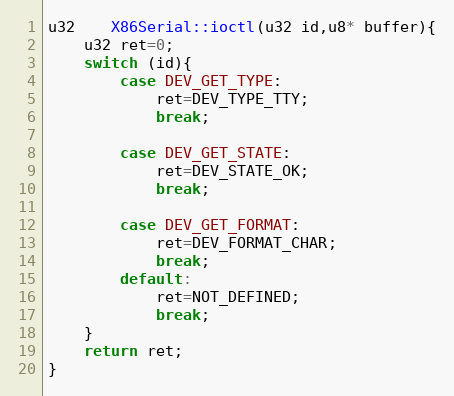
Language: C++
u32	X86Serial::ioctl(u32 id,u8* buffer){
	u32 ret=0;
	switch (id){
		case DEV_GET_TYPE:
			ret=DEV_TYPE_TTY;
			break;

		case DEV_GET_STATE:
			ret=DEV_STATE_OK;
			break;

		case DEV_GET_FORMAT:
			ret=DEV_FORMAT_CHAR;
			break;
		default:
			ret=NOT_DEFINED;
			break;
	}
	return ret;
}